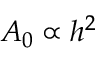
A _ { 0 } \propto h ^ { 2 }